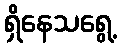
ရှိနေသရွေ့